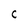
Character: C